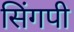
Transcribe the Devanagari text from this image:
सिंगपी